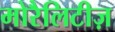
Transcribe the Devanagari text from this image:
मोरैलिटीज़